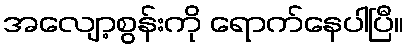
အလျော့စွန်းကို ရောက်နေပါပြီ။